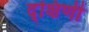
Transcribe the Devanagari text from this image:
द्क्षिणी